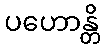
ပဟောန္တိ